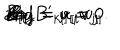
B _ { [ i j } { B ^ { \prime } } _ { k l ] } = 0 \hspace { 0 . 1 5 i n } \Leftrightarrow \hspace { 0 . 1 5 i n } B _ { i j } = u _ { [ i } v _ { j ] } \hspace { 0 . 1 i n } \mathrm { a n d } \hspace { 0 . 1 i n } { B ^ { \prime } } _ { i j } = v _ { [ i } w _ { j ] } .